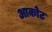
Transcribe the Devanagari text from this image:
आकोट